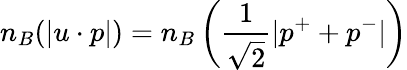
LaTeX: n_{B}(|u\cdot p|)=n_{B}\left(\frac{1}{\sqrt{2}}|p^{+}+p^{-}|\right)